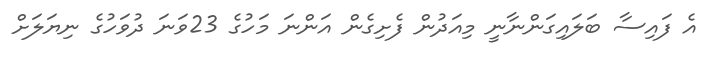
އެ ފައިސާ ބަލައިގަންނާނީ މިއަދުން ފެށިގެން އަންނަ މަހުގެ 23ވަނަ ދުވަހުގެ ނިޔަލަށް